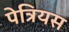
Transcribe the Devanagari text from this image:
पेत्रियस